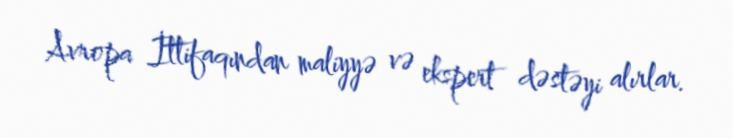
Avropa İttifaqından maliyyə və ekspert dəstəyi alırlar.